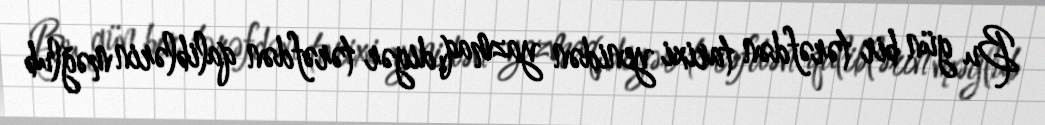
Bu gün bir tərəfdən tarixi yenidən yazmaq, digər tərəfdən qaliblərin məğlub